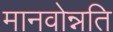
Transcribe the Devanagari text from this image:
मानवोन्नति